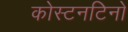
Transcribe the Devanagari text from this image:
कोस्टनटिनो